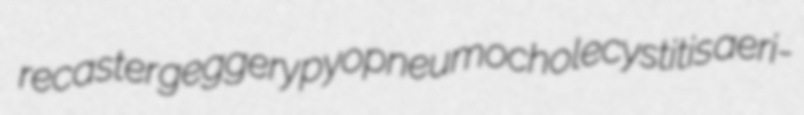
recaster geggery pyopneumocholecystitis aeri-